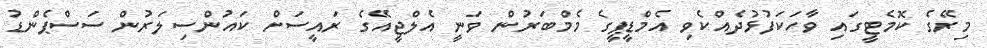
މިރޭގެ ކޮމެޓީގައި ވާހަކަފުޅުދެއްްކެވި އެމްޑީޕީގެ މެމްބަރުން ވަނީ އެލްޖީއޭގެ ރައީސަށް ކައުންސިލަރުން ސަސްޕެންޑު